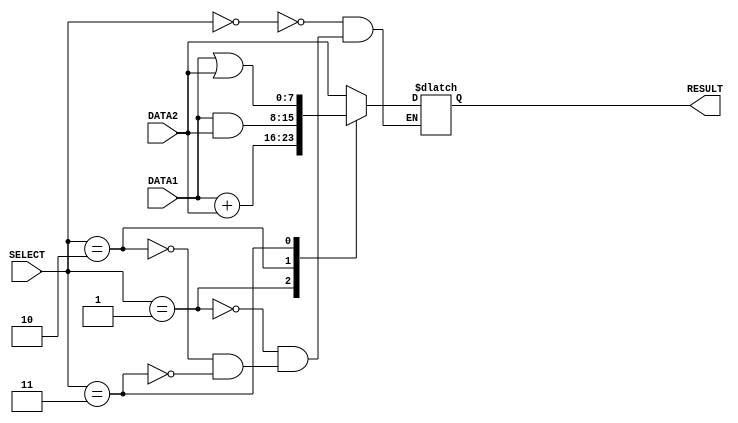

//*****Computer Architecture (CO224) - Lab 05 _ Part1****
// Design: ALU Module of Simple Processor
//*************************************************


//DATA1, DATA2 -> 8-bit input ports
//SELECT -> 3-bit control input port  for op-code selecetion

module alu(DATA1, DATA2, RESULT, SELECT);

	input [0:7] DATA1;
	input [0:7] DATA2;
	input [0:2] SELECT;
	
	output [0:7] RESULT;
	
	//specify output result to a register
	reg [0:7] RESULT;
	
	
	//This always block will execute if either of inputs changes 
	always@(DATA1, DATA2, SELECT)
	begin	
	
		case(SELECT)
			3'b000:
				//loadi, mov ( DATA1 ignored)
				
				#1 	// 1 time units write delay
				RESULT = DATA2;
				
			3'b001:
				//add, sub
				
				#2	// 2 time units write delay
				RESULT = DATA1 + DATA2;
				
			3'b010:
				//bitwise AND on DATA1 with DATA2
				
				#1	// 1 time units write delay
				RESULT = DATA1 & DATA2;
				
			3'b011:
				//bitwise OR on DATA1 with DATA2
				
				#1	// 1 time units write delay
				RESULT = DATA1 | DATA2;
				
			//3'b1XX - Reserved for future functional units 
			
		endcase
		
	end
	
endmodule